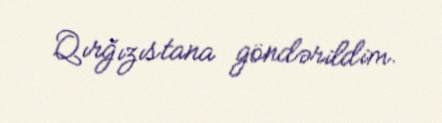
Qırğızıstana göndərildim.